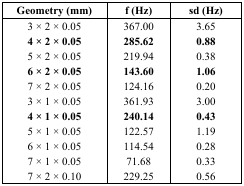
| Geometry (mm) | f (Hz) | sd (Hz) |
 | --- | --- | --- |
 | 3 × 2 × 0.05 | 367.00 | 3.65 |
 | 4 × 2 × 0.05 | 285.62 | 0.88 |
 | 5 × 2 × 0.05 | 219.94 | 0.38 |
 | 6 × 2 × 0.05 | 143.60 | 1.06 |
 | 7 × 2 × 0.05 | 124.16 | 0.20 |
 | 3 × 1 × 0.05 | 361.93 | 3.00 |
 | 4 × 1 × 0.05 | 240.14 | 0.43 |
 | 5 × 1 × 0.05 | 122.57 | 1.19 |
 | 6 × 1 × 0.05 | 114.54 | 0.28 |
 | 7 × 1 × 0.05 | 71.68 | 0.33 |
 | 7 × 2 × 0.10 | 229.25 | 0.56 |